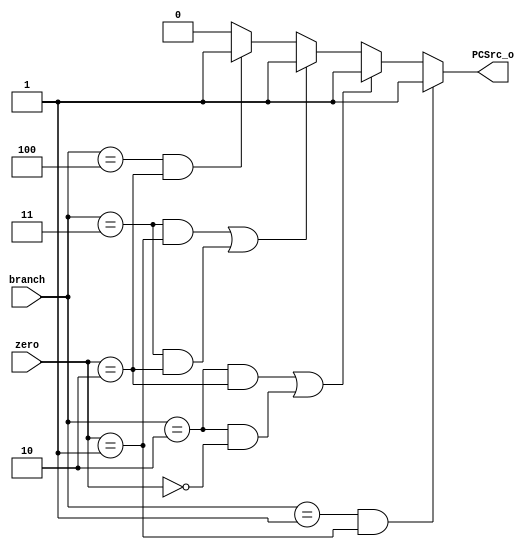
// 0716089
//Subject:     CO project 2 - Decoder
//--------------------------------------------------------------------------------
//Version:     1
//--------------------------------------------------------------------------------
//Writer:      Luke
//----------------------------------------------
//Date:        
//----------------------------------------------
//Description: 
//--------------------------------------------------------------------------------
`timescale 1ns/1ps
module branch_dection_unit(
        branch,
        zero,
        PCSrc_o
	);

//I/O ports
input [3-1:0] branch;
input [2-1:0] zero; 

output PCSrc_o;
//Internal Signals
reg PCSrc_o;

always @(*) begin
    // beq
    if (branch == 3'b001 && zero == 2'b01) PCSrc_o = 1;
    // bne
    else if ((branch == 3'b010 && zero == 2'b10) || (branch == 3'b010 && zero == 2'b00)) PCSrc_o = 1; 
    // bge
    else if ((branch == 3'b011 && zero == 2'b01) || (branch == 3'b011 && zero == 2'b10))  PCSrc_o = 1;
    // bgt 
    else if(branch == 3'b100 && zero == 2'b10) PCSrc_o = 1;
    else PCSrc_o = 0;
end



endmodule